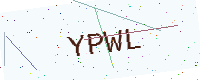
Text: YPWL